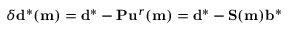
\delta \mathbf { d } ^ { * } ( \mathbf { m } ) = \mathbf { d } ^ { * } - \mathbf { P } \mathbf { u } ^ { r } ( \mathbf { m } ) = \mathbf { d } ^ { * } - \mathbf { S } ( \mathbf { m } ) \mathbf { b } ^ { * }